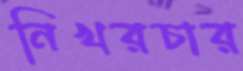
নিখরচার